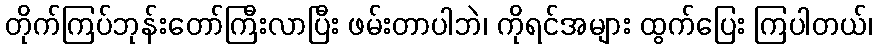
တိုက်ကြပ်ဘုန်းတော်ကြီးလာပြီး ဖမ်းတာပါဘဲ၊ ကိုရင်အများ ထွက်ပြေး ကြပါတယ်၊